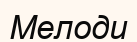
Мелоди